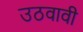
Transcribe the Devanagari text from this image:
उठवावी